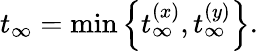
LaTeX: t_{\infty}=\operatorname*{min}\left\lbrace t_{\infty}^{(x)},t_{\infty}^{(y)}\right\rbrace.